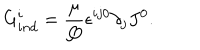
G _ { i n d } ^ { i } = \frac { \mu } { Q } { \epsilon } ^ { i j 0 } \partial _ { j } J ^ { 0 } .